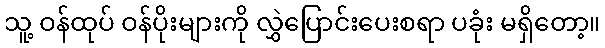
သူ့ ဝန်ထုပ် ဝန်ပိုးများကို လွှဲပြောင်းပေးစရာ ပခုံး မရှိတော့။